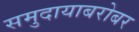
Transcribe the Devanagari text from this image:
समुदायाबरोबर